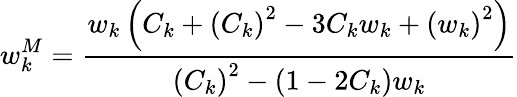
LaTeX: w_{k}^{M}=\frac{w_{k}\left(C_{k}+\left(C_{k}\right)^{2}-3C_{k}w_{k}+\left(w_{k}\right)^{2}\right)}{\left(C_{k}\right)^{2}-\left(1-2C_{k}\right)w_{k}}